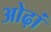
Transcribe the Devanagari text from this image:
ओढ़ां